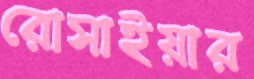
রোসাইয়ার